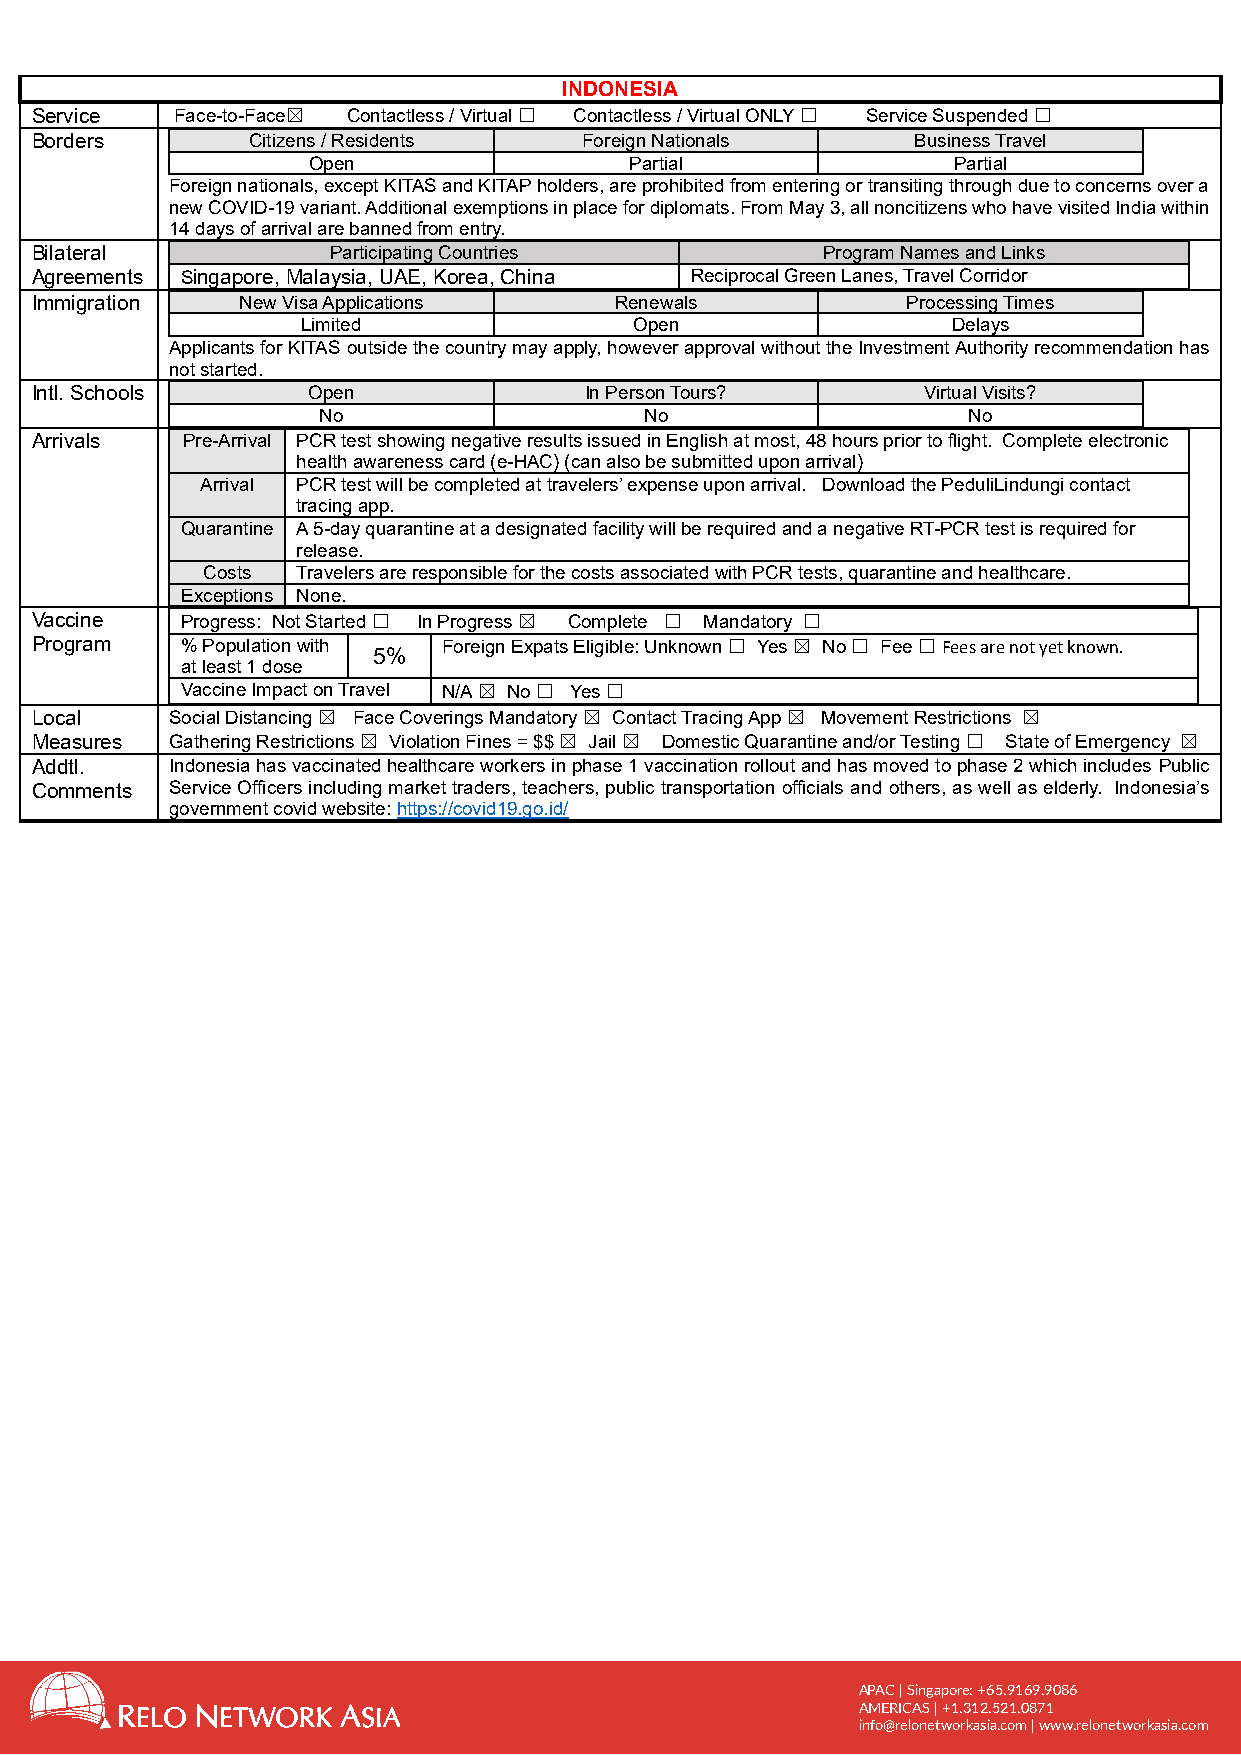
INDONESIA
 Service   Face-to-Face☒ Contactless / Virtual ☐ Contactless / Virtual ONLY ☐ Service Suspended ☐
 Borders       Citizens / Residents   Foreign Nationals    Business Travel
 Open                  Partial              Partial
 Foreign nationals, except KITAS and KITAP holders, are prohibited from entering or transiting through due to concerns over a
 new COVID-19 variant. Additional exemptions in place for diplomats. From May 3, all noncitizens who have visited India within
 14 days of arrival are banned from entry.
 Bilateral           Participating Countries         Program Names and Links
 Agreements Singapore, Malaysia, UAE, Korea, China Reciprocal Green Lanes, Travel Corridor
 Immigration   New Visa Applications    Renewals           Processing Times
 Limited               Open                 Delays
 Applicants for KITAS outside the country may apply, however approval without the Investment Authority recommendation has
 not started.
 Intl. Schools     Open               In Person Tours?      Virtual Visits?
 No                    No                   No
 Arrivals  Pre-Arrival PCR test showing negative results issued in English at most, 48 hours prior to flight. Complete electronic
 health awareness card (e-HAC) (can also be submitted upon arrival)
 Arrival PCR test will be completed at travelers’ expense upon arrival. Download the PeduliLindungi contact
 tracing app.
 Quarantine A 5-day quarantine at a designated facility will be required and a negative RT-PCR test is required for
 release.
 Costs  Travelers are responsible for the costs associated with PCR tests, quarantine and healthcare.
 Exceptions None.
 Vaccine   Progress: Not Started ☐ In Progress ☒ Complete ☐ Mandatory ☐
 Program   % Population with
 5%
 Foreign Expats Eligible: Unknown ☐ Yes ☒ No ☐ Fee ☐ Fees are not yet known.
 at least 1 dose
 Vaccine Impact on Travel N/A ☒ No ☐ Yes ☐
 Local    Social Distancing ☒ Face Coverings Mandatory ☒ Contact Tracing App ☒ Movement Restrictions ☒
 Measures Gathering Restrictions ☒ Violation Fines = $$ ☒ Jail ☒ Domestic Quarantine and/or Testing ☐ State of Emergency ☒
 Addtl.   Indonesia has vaccinated healthcare workers in phase 1 vaccination rollout and has moved to phase 2 which includes Public
 Comments Service Officers including market traders, teachers, public transportation officials and others, as well as elderly. Indonesia’s
 government covid website: https://covid19.go.id/
 APAC | Singapore: +65.9169.9086
 AMERICAS | +1.312.521.0871
 info@relonetworkasia.com | www.relonetworkasia.com